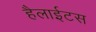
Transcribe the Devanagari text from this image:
हैलाईटस